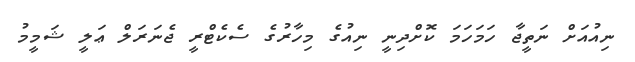
ނިއުއަށް ނަތީޖާ ހަމަހަމަ ކޮށްދިނީ ނިއުގެ މިހާރުގެ ސެކެޓްރީ ޖެނަރަލް ޢަލީ ޝަމީމު